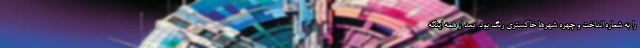
را به شماره انداخت و چهره شهر‌ها خاکستری رنگ بود. بعد از همه اینکه